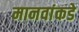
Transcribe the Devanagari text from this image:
मानवांकडे